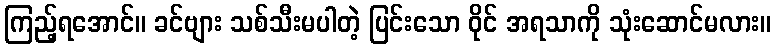
ကြည့်ရအောင်။ ခင်ဗျား သစ်သီးမပါတဲ့ ပြင်းသော ဝိုင် အရသာကို သုံးဆောင်မလား။